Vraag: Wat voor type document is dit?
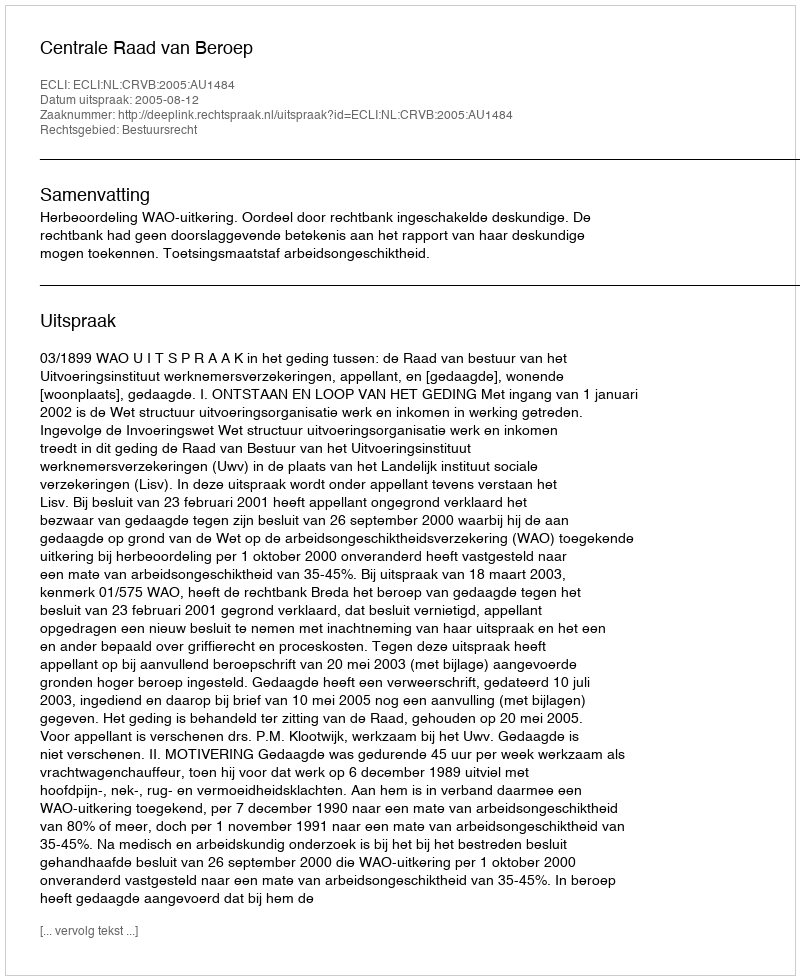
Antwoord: Uitspraak